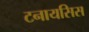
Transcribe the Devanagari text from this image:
टनायसिस